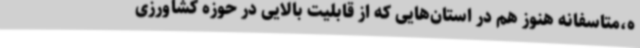
ه،متاسفانه هنوز هم در استان‌هایی که از قابلیت بالایی در حوزه کشاورزی